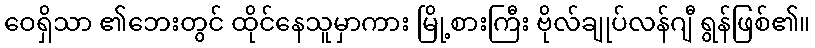
ဝေရှိသာ ၏ဘေးတွင် ထိုင်နေသူမှာကား မြို့စားကြီး ဗိုလ်ချုပ်လန်ဂျီ ရွန်ဖြစ်၏။